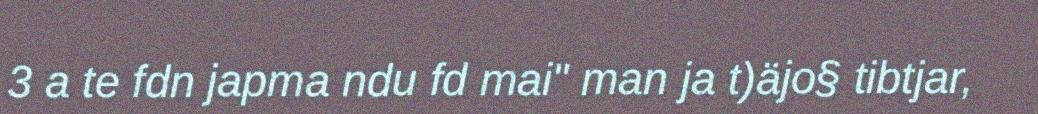
3 a te fdn japma ndu fd mai" man ja t)äjo§ tibtjar,